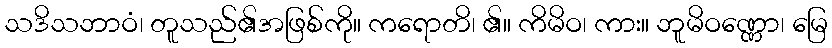
သဒိသဘာဝံ၊ တူသည်၏အဖြစ်ကို။ ကရောတိ၊ ၏။ ကိမိဝ၊ ကား။ ဘူမိဝဏ္ဏော၊ မြေ